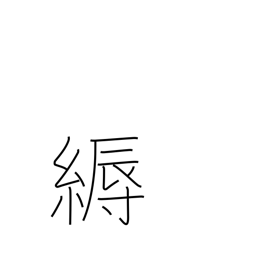
Meaning: decoration